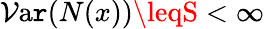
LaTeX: \operatorname{\mathcal{V}a\mathtt{r}}(N(x))\leqS<\infty